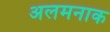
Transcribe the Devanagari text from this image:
अलमनाक